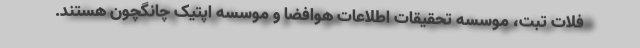
فلات تبت، موسسه تحقیقات اطلاعات هوافضا و موسسه اپتیک چانگچون هستند.